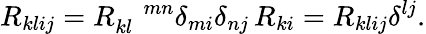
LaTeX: R_{klij}=R_{kl}^{\quad mn}\delta_{mi}\delta_{nj}\, R_{ki}=R_{klij}\delta^{lj}.